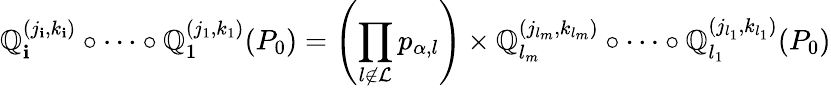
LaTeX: \mathbb{Q}_{\mathbf{i}}^{(j_{\mathbf{i}},k_{\mathbf{i}})}\circ\dots\circ\mathbb{Q}_{1}^{(j_{1},k_{1})}(P_{0})=\left(\prod_{l\not{\in}\mathcal{{L}}}p_{\alpha,l}\right)\times\mathbb{Q}_{l_{m}}^{(j_{l_{m}},k_{l_{m}})}\circ\dots\circ\mathbb{Q}_{l_{1}}^{(j_{l_{1}},k_{l_{1}})}(P_{0})